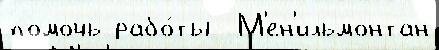
помочь рабо́ты  М'ен'ильмонтан